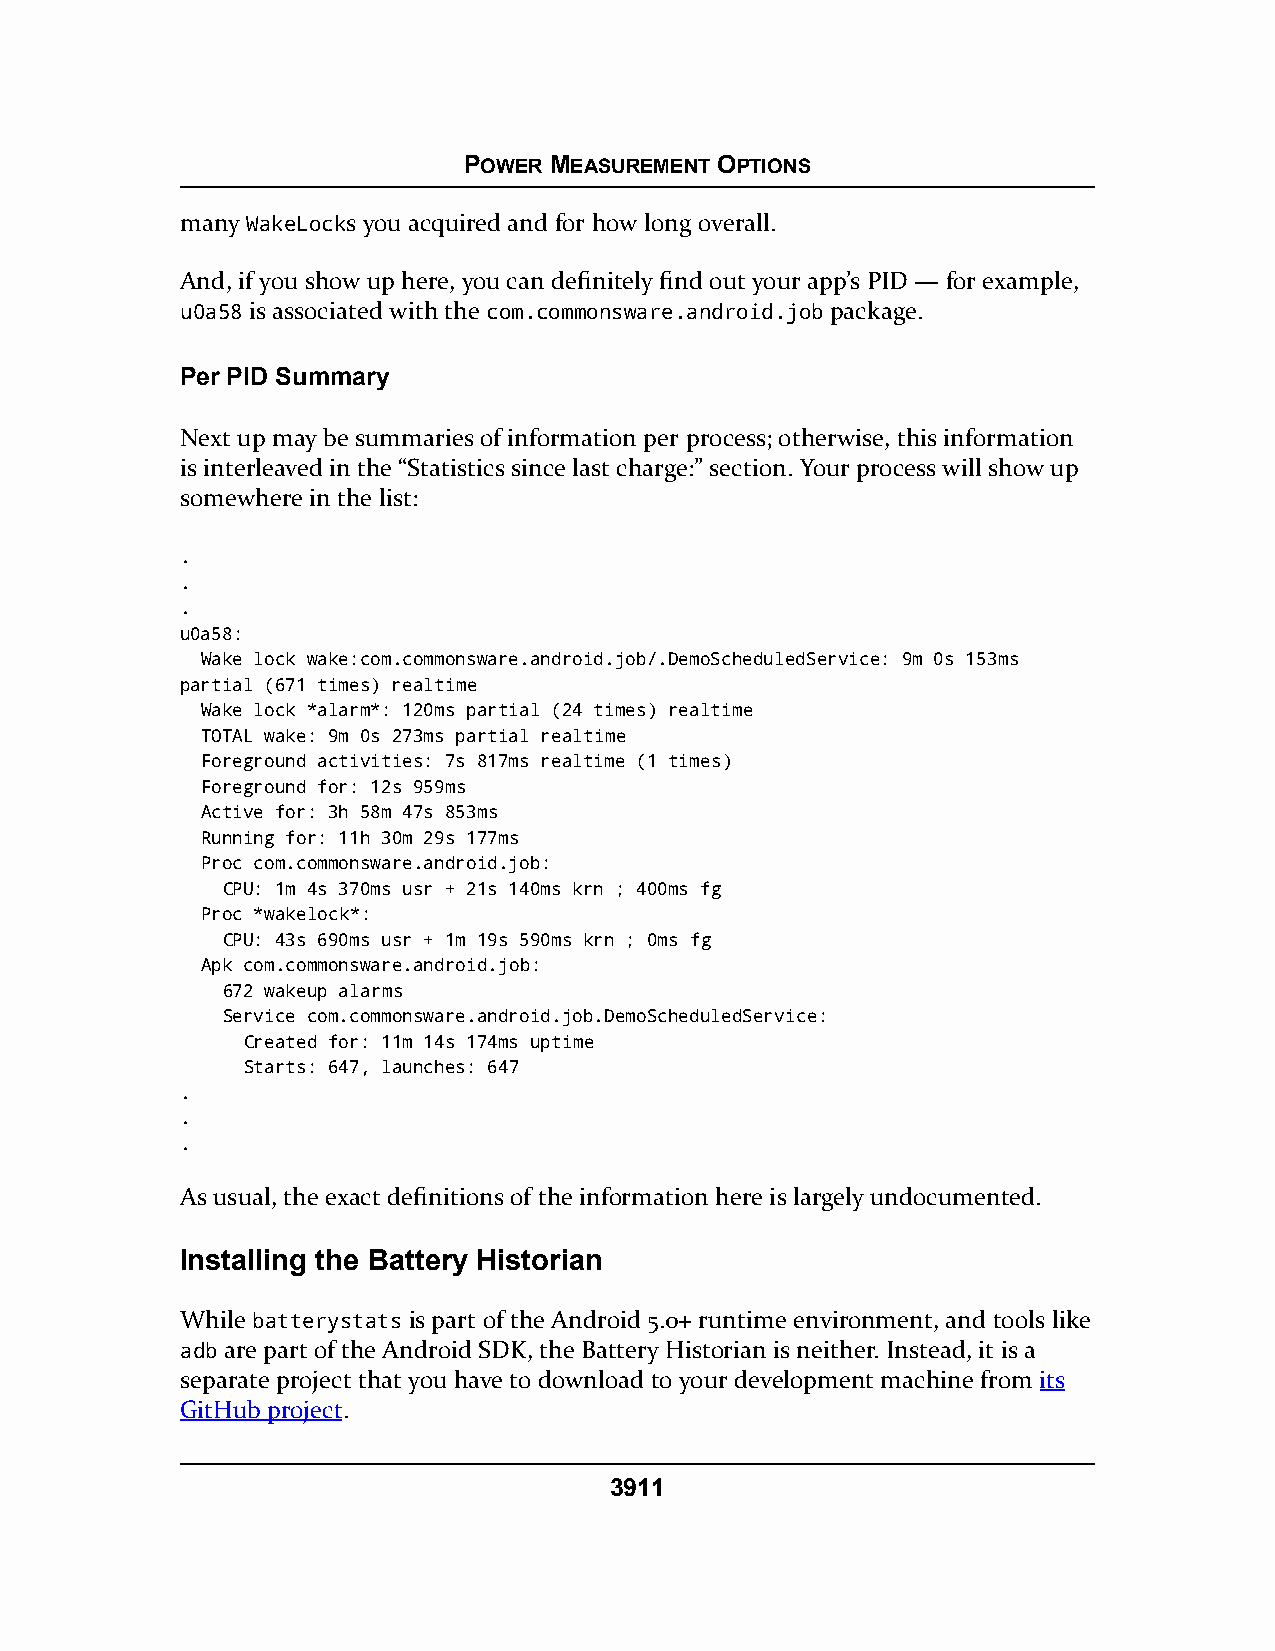
POWER MEASUREMENT OPTIONS
 many WakeLocks you acquired and for how long overall.
 And, if you show up here, you can definitely find out your app’s PID — for example,
 u0a58 is associated with the com.commonsware.android.job package.
 Per PID Summary
 Next up may be summaries of information per process; otherwise, this information
 is interleaved in the “Statistics since last charge:” section. Your process will show up
 somewhere in the list:
 .
 .
 .
 u0a58:
 Wake lock wake:com.commonsware.android.job/.DemoScheduledService: 9m 0s 153ms
 partial (671 times) realtime
 Wake lock *alarm*: 120ms partial (24 times) realtime
 TOTAL wake: 9m 0s 273ms partial realtime
 Foreground activities: 7s 817ms realtime (1 times)
 Foreground for: 12s 959ms
 Active for: 3h 58m 47s 853ms
 Running for: 11h 30m 29s 177ms
 Proc com.commonsware.android.job:
 CPU: 1m 4s 370ms usr + 21s 140ms krn ; 400ms fg
 Proc *wakelock*:
 CPU: 43s 690ms usr + 1m 19s 590ms krn ; 0ms fg
 Apk com.commonsware.android.job:
 672 wakeup alarms
 Service com.commonsware.android.job.DemoScheduledService:
 Created for: 11m 14s 174ms uptime
 Starts: 647, launches: 647
 .
 .
 .
 As usual, the exact definitions of the information here is largely undocumented.
 Installing the Battery Historian
 While batterystats is part of the Android 5.0+ runtime environment, and tools like
 aaddbbare part of the Android SDK, the Battery Historian is neither. Instead, it is a
 separate project that you have to download to your development machine from its
 GitHub project.
 3911